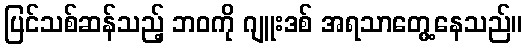
ပြင်သစ်ဆန်သည့် ဘဝကို ဂျူးဒစ် အရသာတွေ့နေသည်။